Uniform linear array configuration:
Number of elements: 32
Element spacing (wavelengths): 0.5
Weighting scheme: cosine
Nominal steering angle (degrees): -15
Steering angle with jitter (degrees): -16.698
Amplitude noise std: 0.05
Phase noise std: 0.05

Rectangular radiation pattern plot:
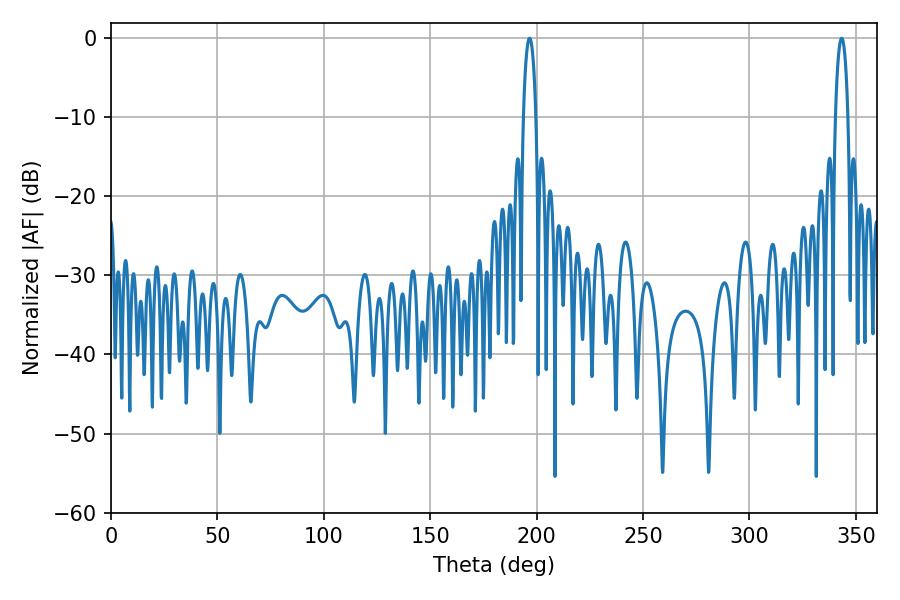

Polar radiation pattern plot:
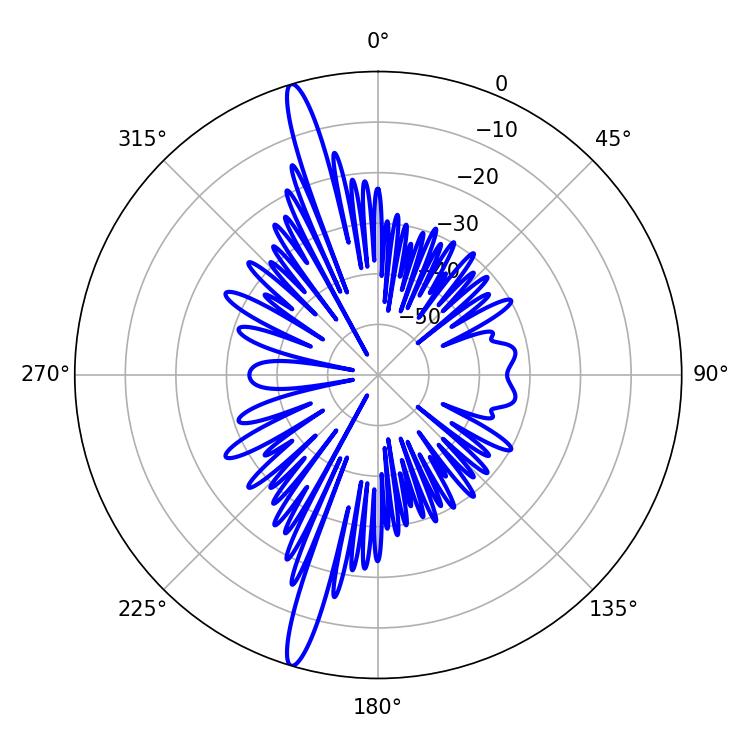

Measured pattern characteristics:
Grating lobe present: FALSE
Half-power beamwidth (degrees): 3.42
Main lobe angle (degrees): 343.26